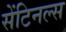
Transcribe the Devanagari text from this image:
सेंटिनल्स